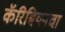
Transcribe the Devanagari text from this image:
कॅरिबियनचा